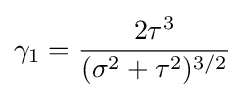
\gamma _{1}={\frac {2\tau ^{3}}{(\sigma ^{2}+\tau ^{2})^{3/2}}}